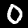
Label: 0